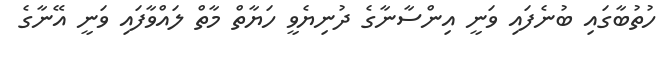
ހުތުބާގައި ބުނެފައި ވަނީ އިންސާނާގެ ދުނިޔެވީ ހަޔާތް މާތް ލައްވާފައި ވަނީ އޭނާގެ